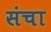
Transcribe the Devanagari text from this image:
संचा